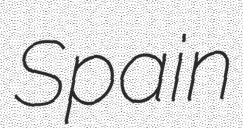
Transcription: Spain